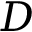
D